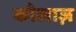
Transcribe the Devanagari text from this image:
कोलाज़